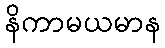
နိကာမယမာန